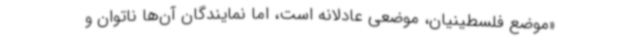
«موضع فلسطینیان، موضعی عادلانه است، اما نمایندگان آن‌ها ناتوان و